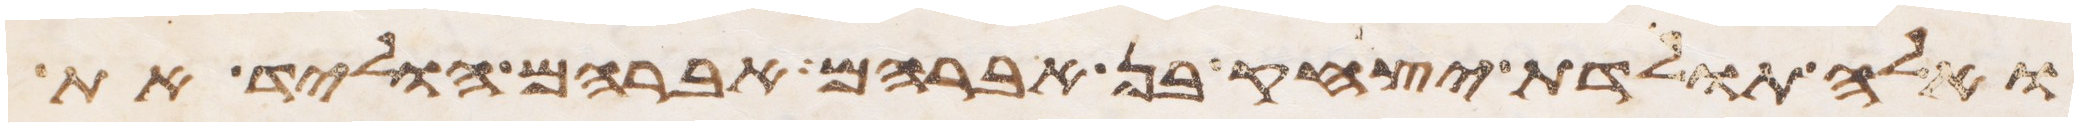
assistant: ואלה תולדת יצחק בן אברהם אברהם הוליד את